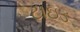
ટાઇડ